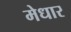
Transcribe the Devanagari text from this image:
मेधार